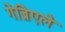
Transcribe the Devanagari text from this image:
गेब्रिएले